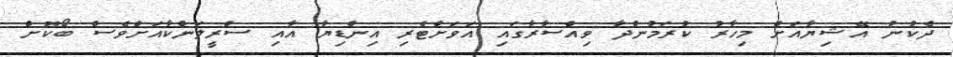
ދެކުނު އޭޝިޔާއަށް މިހާރު ކުރަމުންދާ ވިއްސާރާގައި އަވަށްޓެރި އިންޑިޔާ އާއި ސްރީލަންކާއަށްވެސް ބޯކޮށް